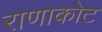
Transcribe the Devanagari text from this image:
राणाकोट